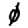
Digit: 0